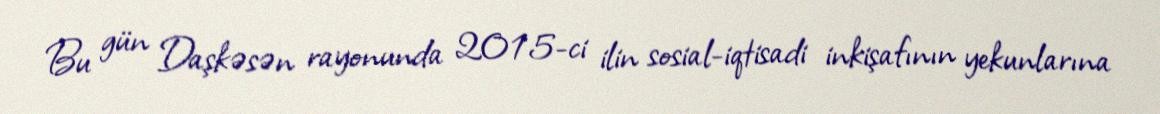
Bu gün Daşkəsən rayonunda 2015-ci ilin sosial-iqtisadi inkişafının yekunlarına